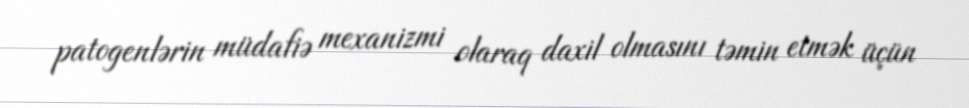
patogenlərin müdafiə mexanizmi olaraq daxil olmasını təmin etmək üçün